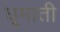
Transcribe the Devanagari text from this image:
घूमाती